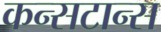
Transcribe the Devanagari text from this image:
कन्सटान्स